King Institute of Preventive Medicine Micro-Biological Section reports 1909-11
Year: 1909
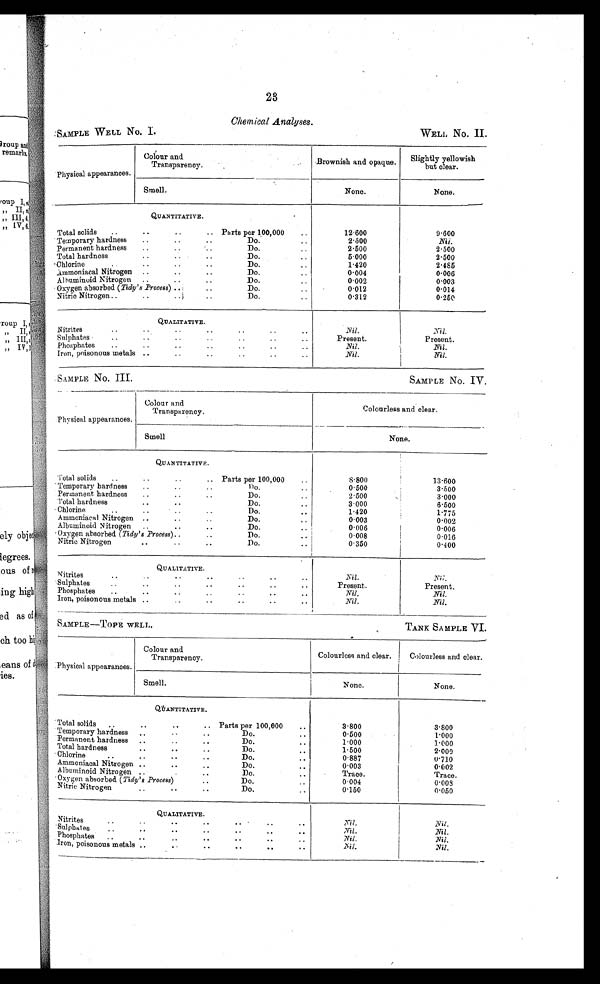
2 3
Chemical Analyses.
SAMPLE WELL No. I.
WELL No. II.
Physical appearances.
Colour and.
Transparency.
Brownish and opaque.
Slightly yellowish
but clear.
Smell.
None.
None.
QUANTITATIVE.
•
Total solids
..
..
.. Parts per 100,000
..
12.600
9.600
Do.
..
2.500
N i l
.
Temporary hardness
....
..
Do.
..
2.500
2.500
Permanent hardness
....
..
5.000
2.500
..
.. .
..
Total hardness..
Do.
..
1.420
2.485
Chlorine.
..
..
..
Do.
..
0.004
0.006
• .
Ammoniacal Nitrogen ....
Do.
0.002
0.003
Albuminoid Nitrogen ... •
Do...
0 . 0 1 4
Oxygen absorbed ( Tidy's .Process) ..:
..
Do.
.
0.312
0.250
. .
• • )
Nitric Nitrogen ..
1
QUALITATIVE.
Nitrites..
Nil
N i l .
Sulphates
..
..
..
Present.
Present.
Phosphates
....
..
.Nil.
Nil.
..
..
..
Iron, poisonous metals ..
..
Nil.
Nil.
SAMPLE No. III.
SAMPLE No. IV.
Physical appearances.
Colour and
Transparency.
-
Colourless and clear.
Smell
None.
QUANTITATIVE.
..
..
Total solids..
Parts per 100,000
..
8.800
13.600
..
..
Temporary hardness..
..
0.500
3.500
..
Permanent hardness..
..
2.500
3.000
Total hardness
..
..
Do.
..
3.000
6.500
Chlorine.. ..
1 . 4 2 0
1.775
..
..
Ammoniacal Nitrogen..
, .
0.003
0.002
..
..
Albuminoid Nitrogen..
..
0 . 0 0 6
I
0.006
.Oxygen absorbed. (Tidy's Process)....
Do.
..
0.008
0.016
Nitric Nitrogen
..
..
, .
Do.
..
0.350
0.400
QUALITATIVE.
Nitrites
..
• •
..
"
"
"
N i l .
N i l .
..
..
Sulphates. .
..
..
..
Present.
Present.
Phosphates
..
..
..
• -
"
' •
Nil.
Nil.
Iron, poisonous metals..
. -
..
..
..
..
N i l .
Nil.
SAMPLE-TOPE WELL,
TANK SA MPLE VI.
Colour and
Transparency.
Physical appearances.
Colourless and clear. i Colourless and clear.
Smell.
None.
None.
QUANTITATIVE.
Total solids,
..
..
Parts per 100,000
..
3.800
3.800
Temporary hardness
... •
..
Do.
..
0.500
1.000
Permanent hardness
....
..
Do.
..
1.000
1.000
Total hardness,..
..
..
Do..
1.500
2 . 0 0 0
Chlorine, ..
..
..
Do
0.887
0.710
Ammoniacal Nitrogen ....
Do.
..
0.003
0.002
Albuminoid Nitrogen ..
• •
Do.
Trace.
Trace.
Oxygen absorbed ( Tidy's Process)
Do.
, .
0.004
0.008
Nitric Nitrogen..
• •
• •
Do
0.150
0.050
QUALITATIVE.
Nitrites
..
-
..
..
"
..
..
N i l
.
Nit .
Sulphates
- .• .
..
..
..
• .
• •
Nil.
Nil.
Phosphates
..• •
. •
Nil.
Nil.
Iron, poisonous metals ....
• •
..
..
N i l .
Nil